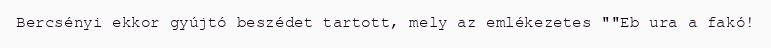
Bercsényi ekkor gyújtó beszédet tartott, mely az emlékezetes ""Eb ura a fakó!